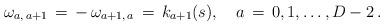
LaTeX: \begin{align*}\omega _{a ,\, a + 1}\,=\, -\, \omega _{a +1,\,a}\,=\,k_{a +1}(s), \quad a \,=\,0,1, \ldots ,D-2\,{.}\end{align*}